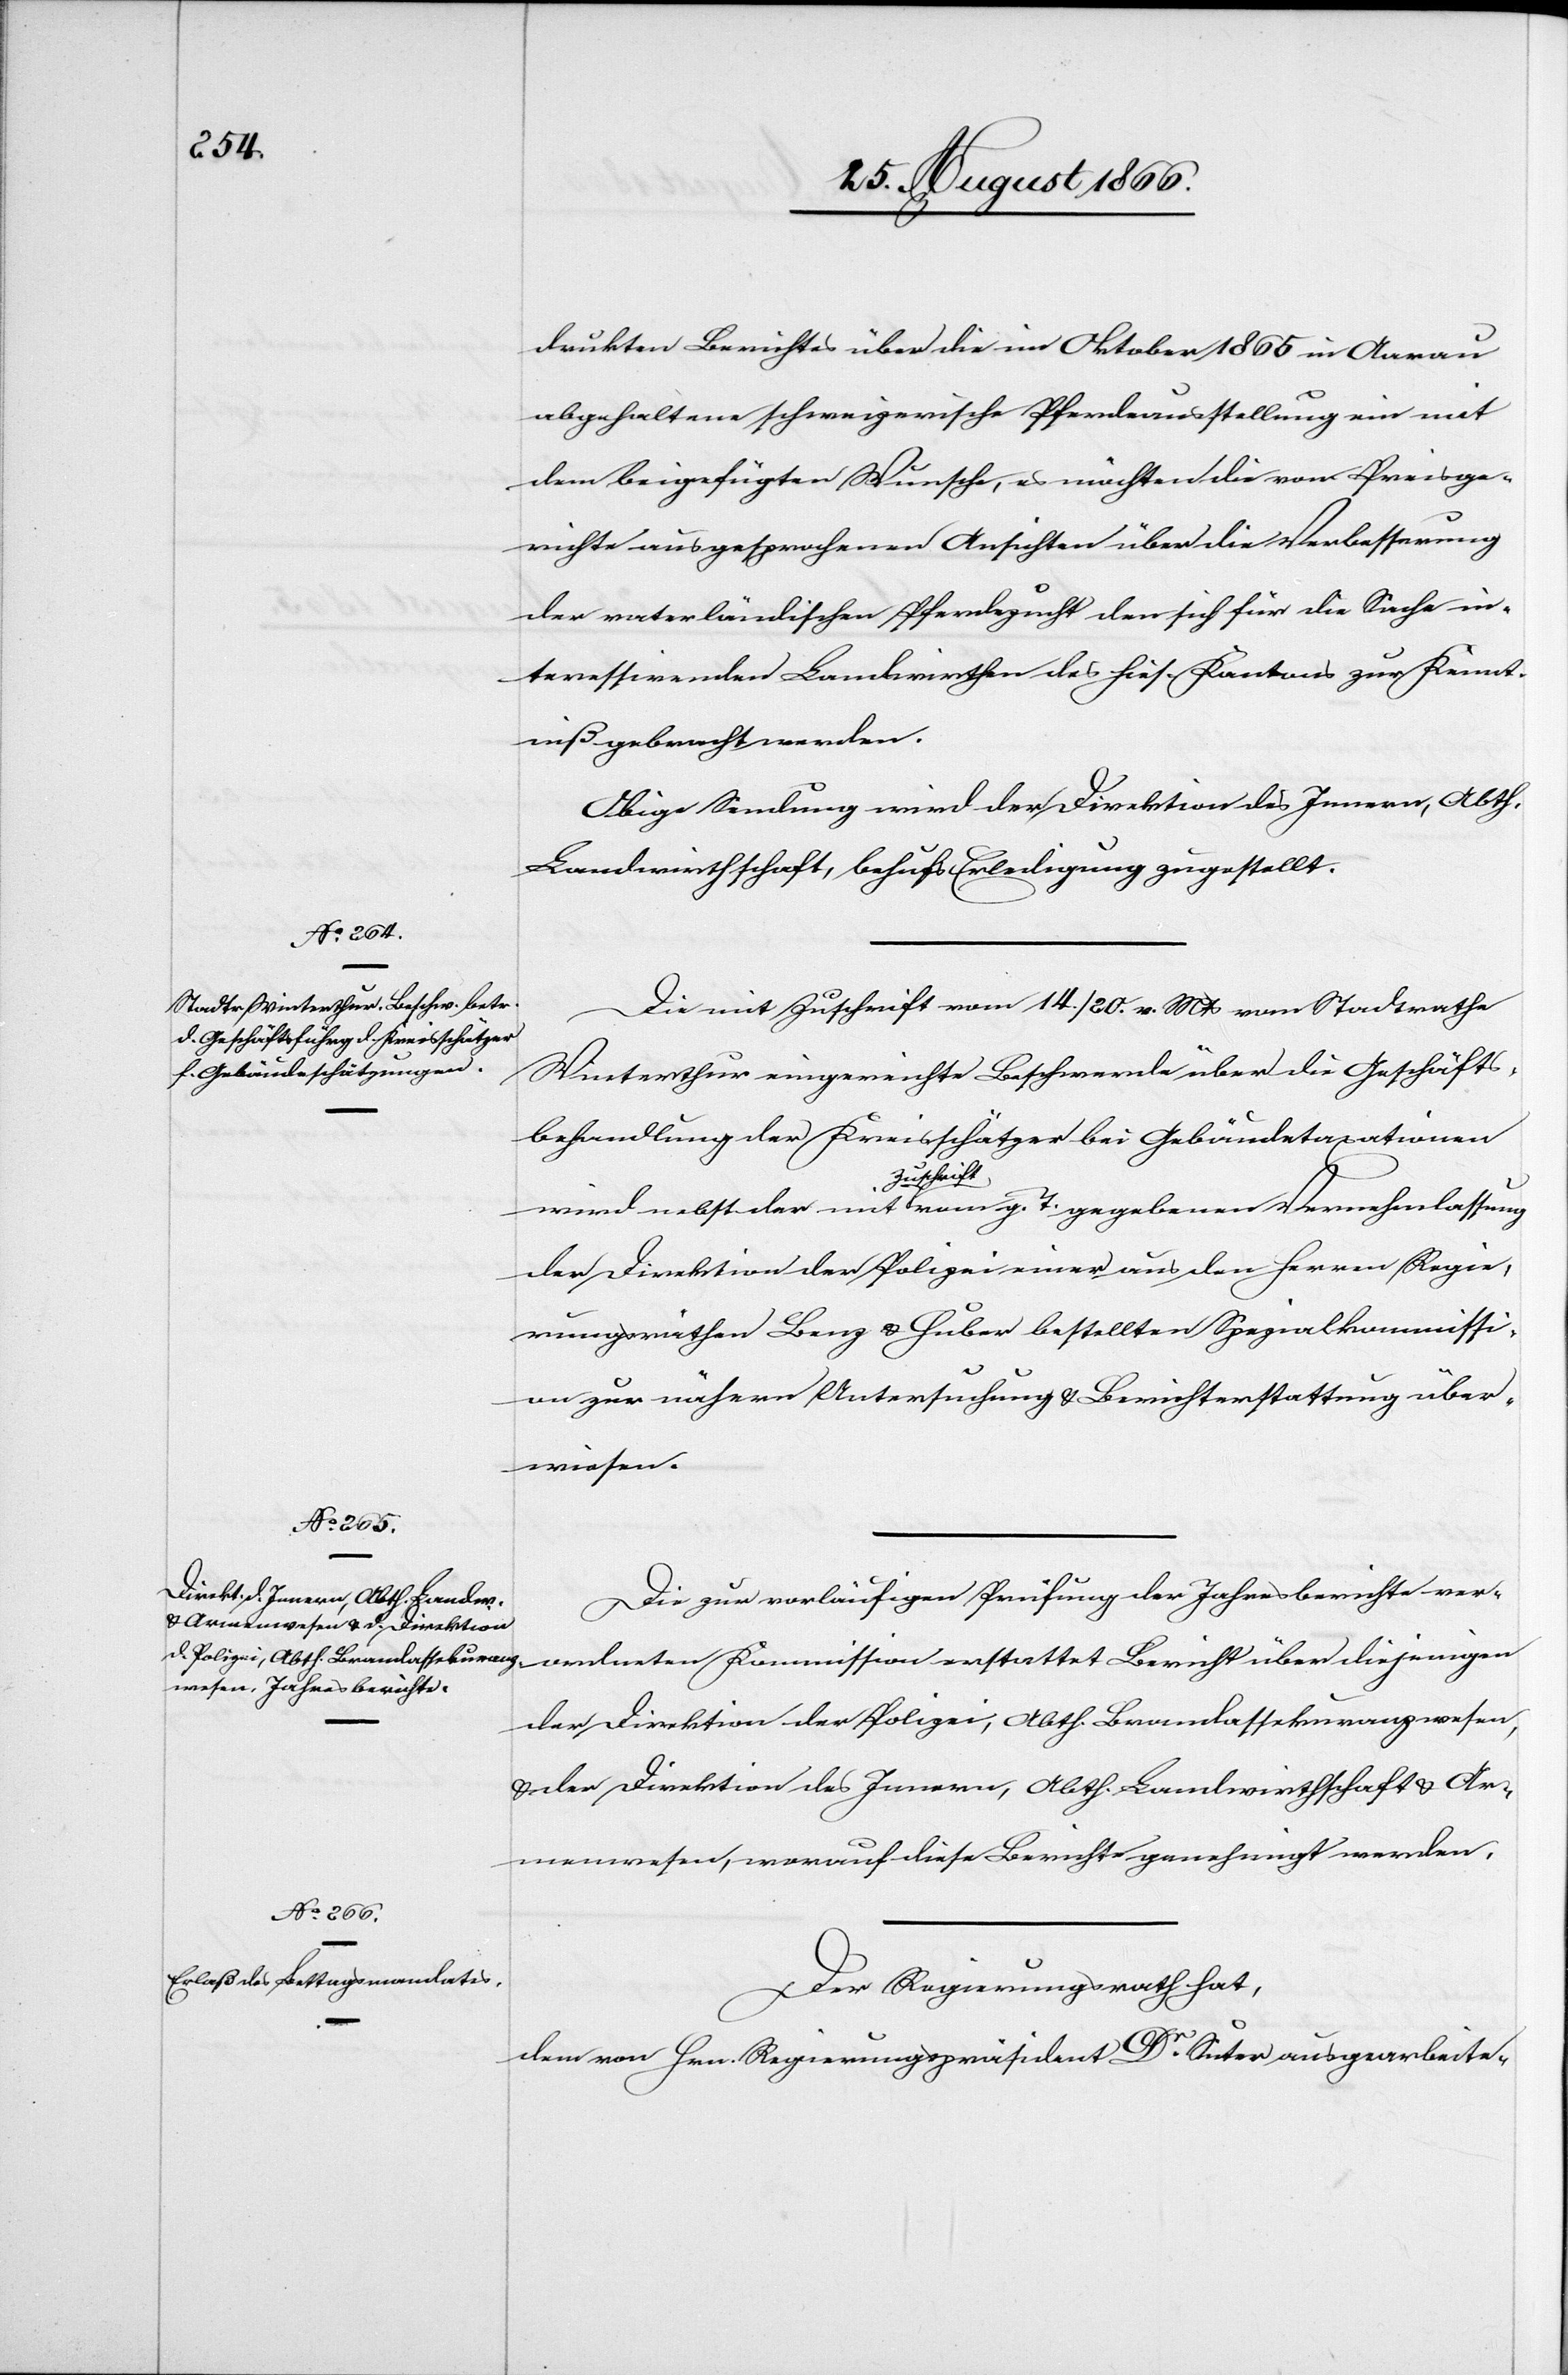
druckten Berichtes über die im Oktober 1865 in Aarau
abgehaltene schweizerische Pferdeausstellung ein mit
dem beigefügten Wunsche, es möchte die vom Preisge¬
richte ausgesprochenen Ansichten über die Verbesserung
der vaterländischen Pferdezucht den sich für die Sache in¬
teressirenden Landwirthen des hies. Kantons zur Kennt¬
niß gebracht werden.
Obige Sendung wird der Direktion des Innern, Abth.
Landwirthschaft, behufs Erledigung überwiesen.
Die mit Zuschrift vom 14./20. v. Mts. vom Stadtrathe
Winterthur eingereichte Beschwerde über die Geschäfts¬
behandlung der Kreisschätzer bei Gebäudetaxationen
Zuschrift
der Direktion der Polizei einer aus den Herren Regie¬
rungsräthen Benz u. Huber bestellten Spezialkommissi¬
on zur näheren Untersuchung u. Berichterstattung über¬
wiesen.
Die zur vorläufigen Prüfung der Jahresberichte ver¬
ordnete Kommission erstattet Bericht über diejenigen
der Direktion der Polizei, Abth. Brandassekuranzwesen
u. der Direktion des Innern, Abth. Landwirthschaft u. Ar¬
menwesen, worauf die Berichte genehmigt werden.
Der Regierungsrath hat,
dem von Hrn. Regierungspräsident Dr. Suter ausgearbeite-